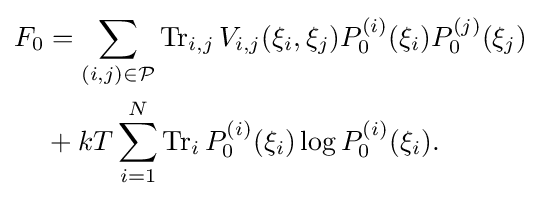
{\begin{aligned}F_{0}&=\sum _{(i,j)\in {\mathcal {P}}}\operatorname {Tr} _{i,j}V_{i,j}(\xi _{i},\xi _{j})P_{0}^{(i)}(\xi _{i})P_{0}^{(j)}(\xi _{j})\\&+kT\sum _{i=1}^{N}\operatorname {Tr} _{i}P_{0}^{(i)}(\xi _{i})\log P_{0}^{(i)}(\xi _{i}).\end{aligned}}